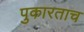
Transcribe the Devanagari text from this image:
पुकारताच